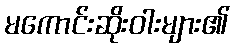
မကောင်းဆိုးဝါးများ၏